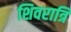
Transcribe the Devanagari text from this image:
शिवरात्रि